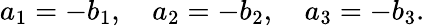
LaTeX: a_{1}=-b_{1},\quad a_{2}=-b_{2},\quad a_{3}=-b_{3}.